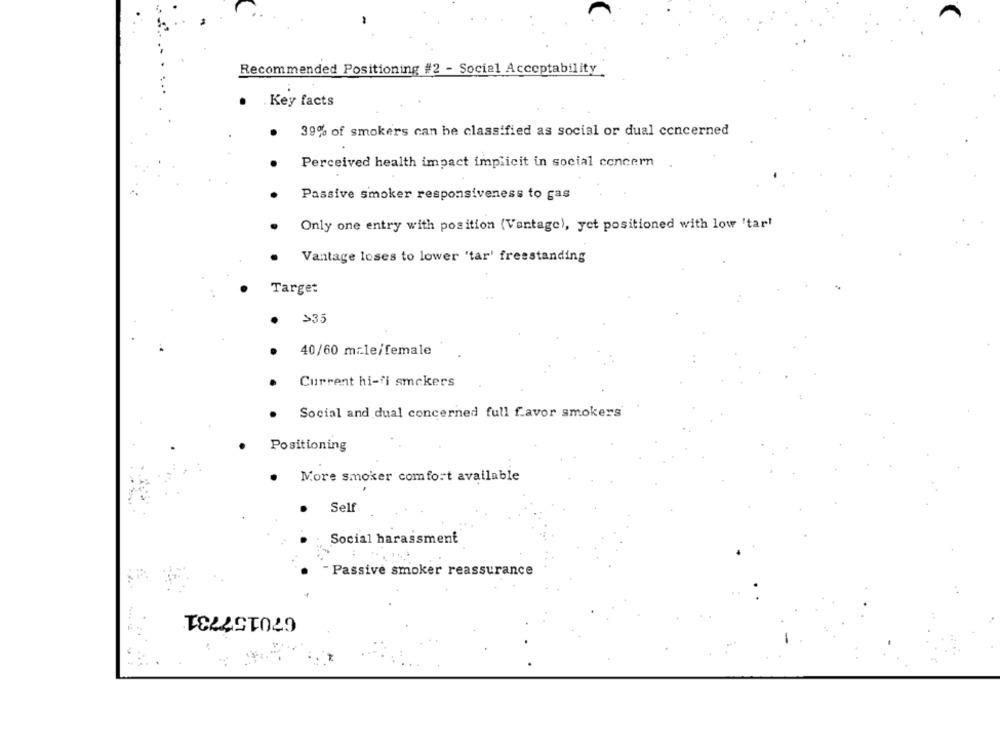
Recommended Positioning #2 - Social Acceptability
Key facts
39% of smokers can be classified as social or dual concerned
Perceived health impact implicit in social concern
Passive smoker responsiveness to gas
Only one entry with position (Vantage), yet positioned with low 'tar!
Vantage loses to lower 'tar' freestanding
Target
>35
40/60 mile/female
Current hi-fi smckers
Social and dual concerned full favor smokers
Positioning
More smoker comfort available
Self
Social harassment
- Passive smoker reassurance
670157731